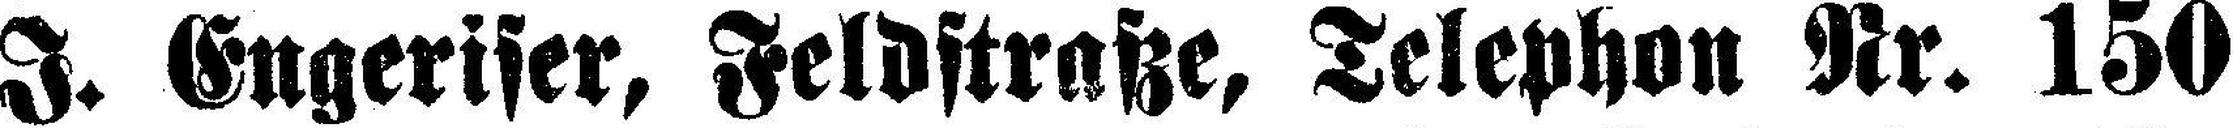
J. Engeriser, Feldftraße, Telephon Nr. 150